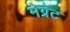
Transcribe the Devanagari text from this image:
मेर्ग्रेट